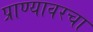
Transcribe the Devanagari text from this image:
प्राण्यावरचा